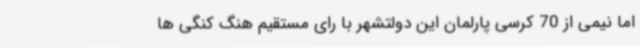
اما نیمی از 70 کرسی پارلمان این دولتشهر با رای مستقیم هنگ کنگی ها